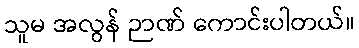
သူမ အလွန် ဉာဏ် ကောင်းပါတယ်။